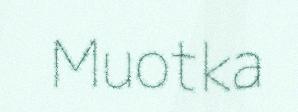
Muotka